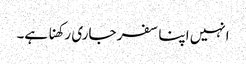
انہیں اپنا سفر جاری رکھنا ہے۔